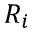
R _ { i }